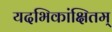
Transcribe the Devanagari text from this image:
यदभिकांक्षितम्